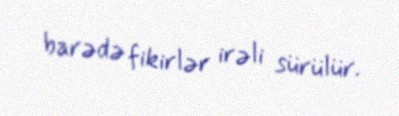
barədə fikirlər irəli sürülür.